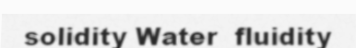
solidity Water  fluidity